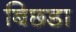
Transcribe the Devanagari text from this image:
बिछडा